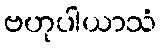
ဗဟုပါယာသံ